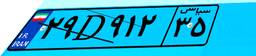
۲۹D۹۱۲۳۵